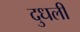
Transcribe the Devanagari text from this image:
दुधली